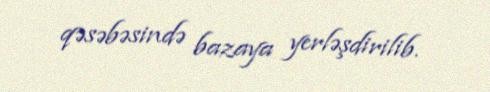
qəsəbəsində bazaya yerləşdirilib.